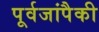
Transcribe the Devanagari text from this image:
पूर्वजांपैकी